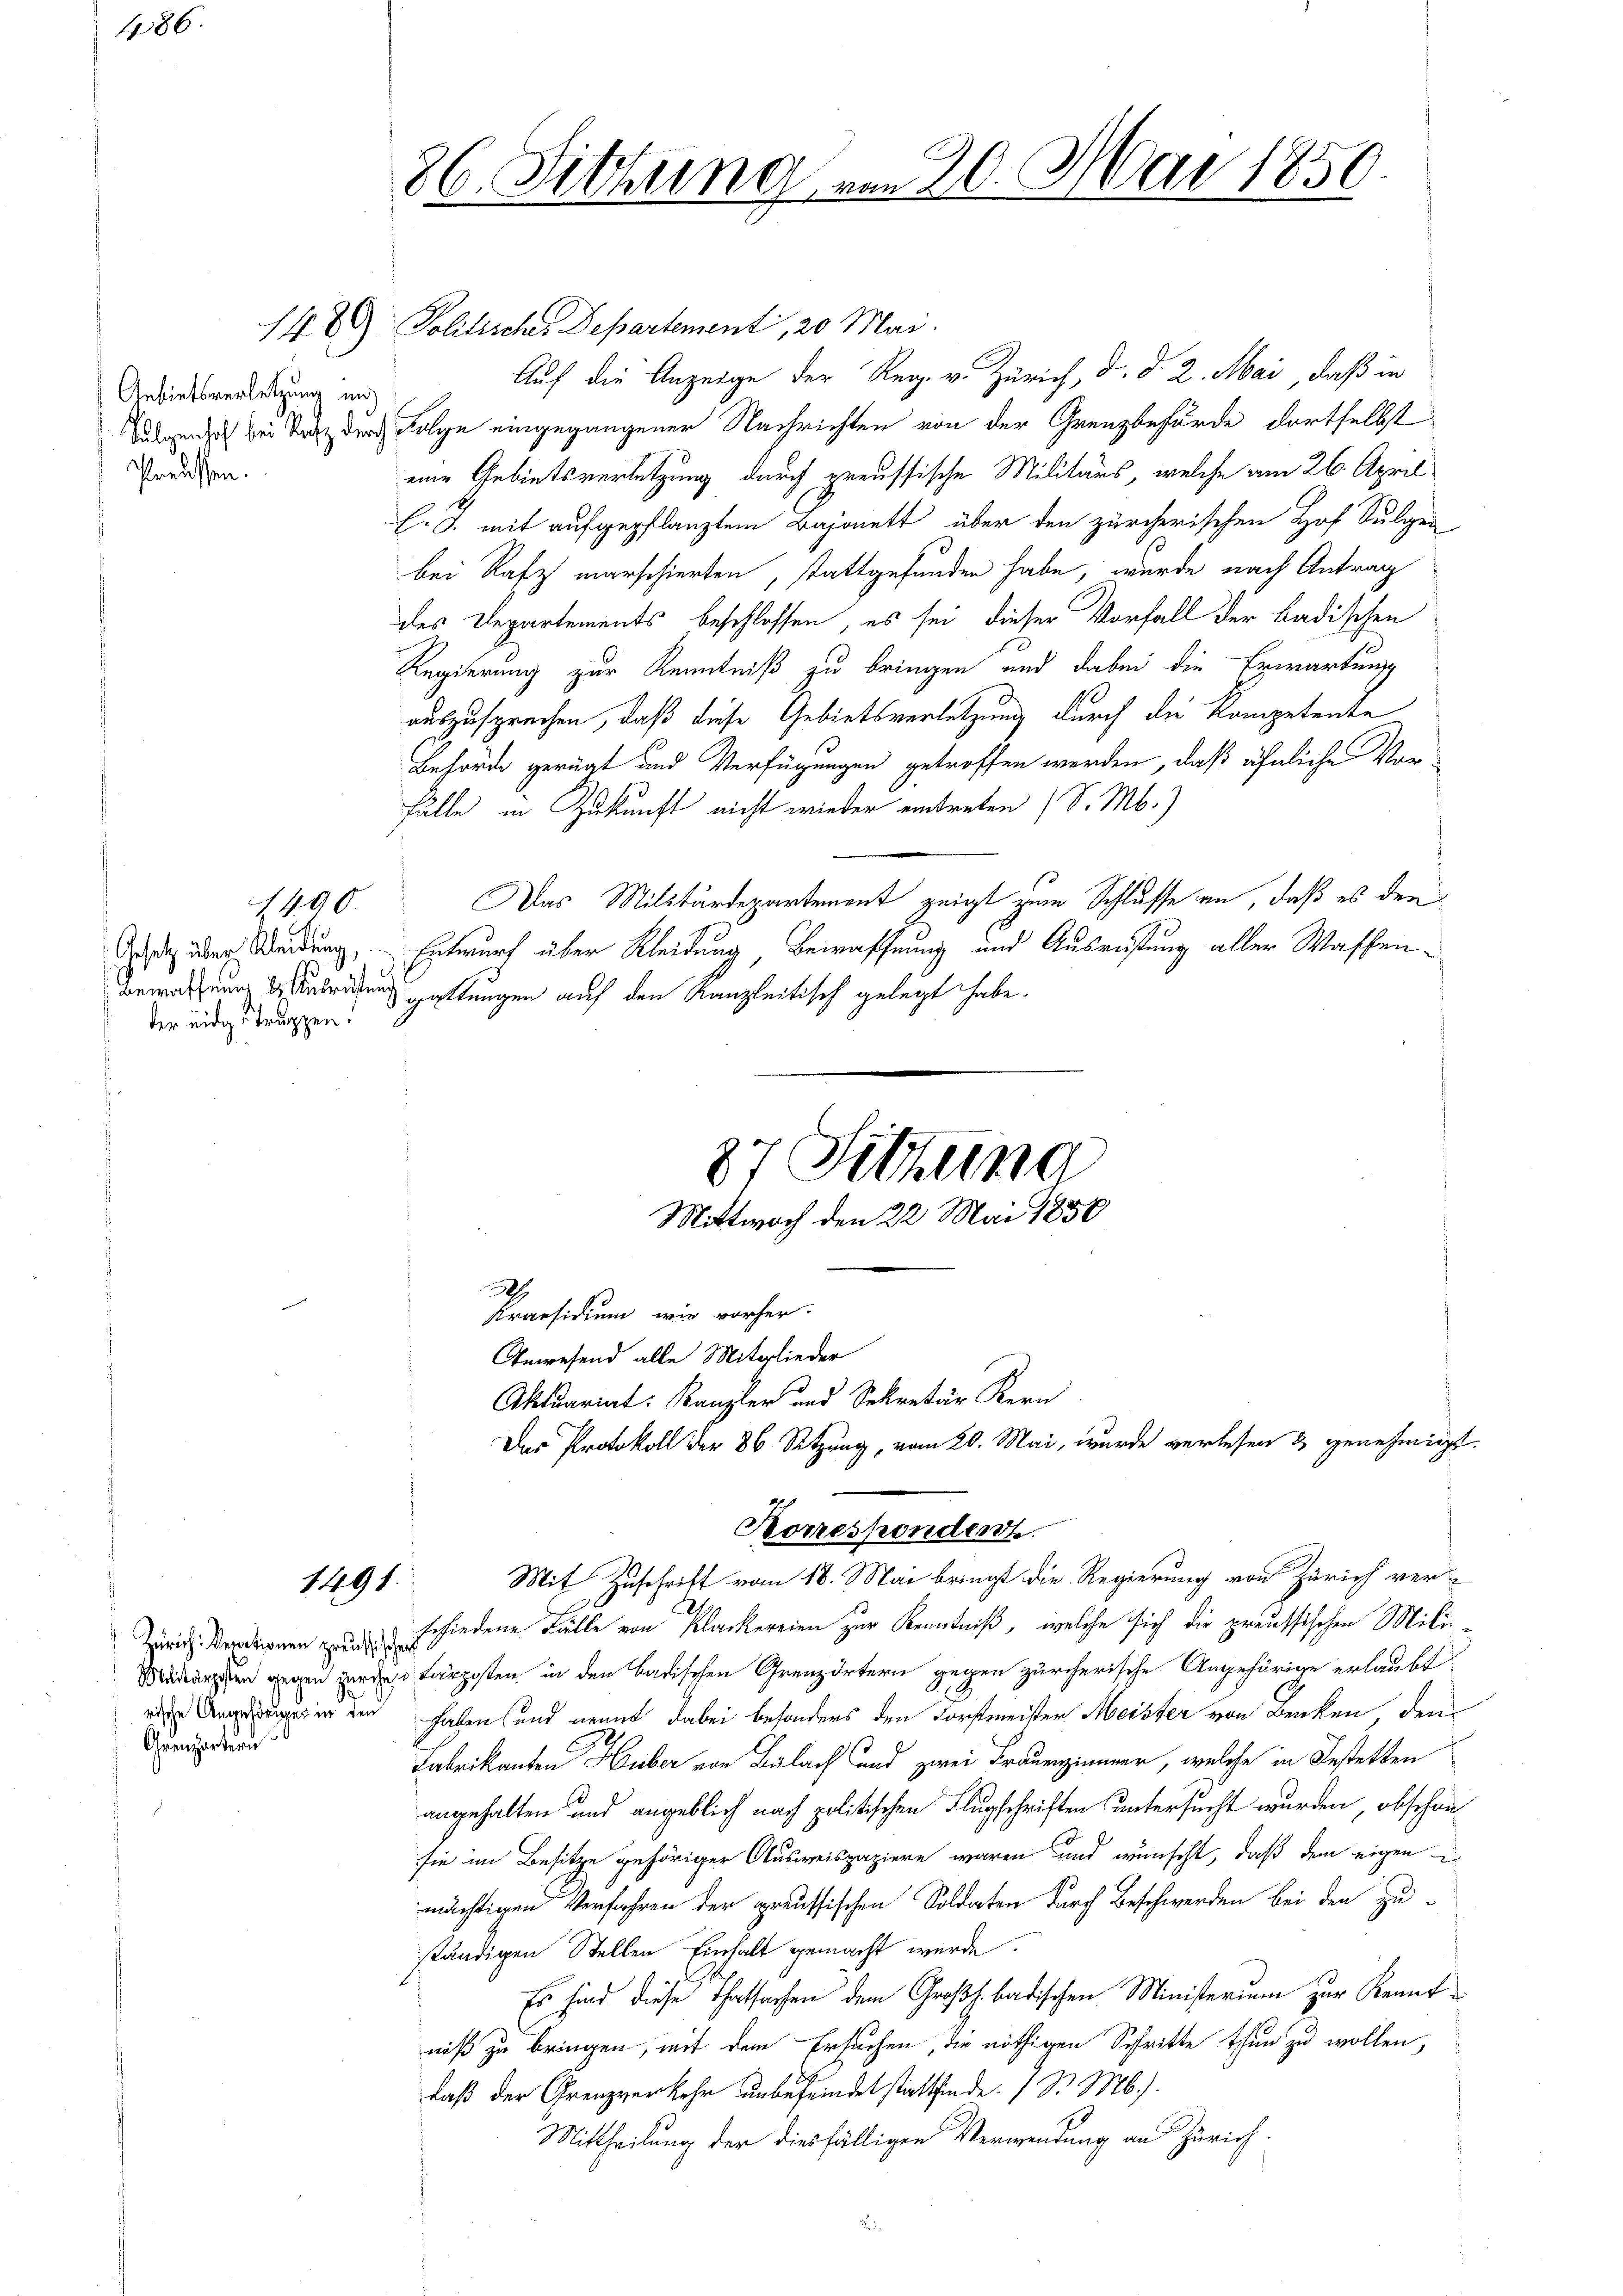
486.

Gebietsverletzung un
Preussen.

der eidge truppen.

1400.

86. Sitzung am 20. Mai 1850.

148 Politisches Departement, 20 Mai.
Auf die Anzeige der Reg. v. Zürich, d. d. 2. Mai, daß in
Tagen sich bei Tanz durch Folge eingegangener Nachrichten von der Grenzbehörde dortselbst
eine Gebietsverletzung durch preussische Militärs, welche am 26. April
l. J. mit aufgepflanztem Bajonett, über den zürcherischen Hof Sulgen
bei Rafz marschierten, stattgefunden habe, wurde nach Antrag
des Departements beschlossen, es sei dieser Vorfall der badischen
Regierung zur Kenntniß zu bringen und dabei die Erwartung
auszusprechen, daß diese Gebietsverletzung durch die Kompetente
Behörde gerügt und Verfügungen getroffen werden, daß ähnliche Vorfälle in Zukunft nicht wieder eintreten (S. M.)
Das Militärdepartement zeigt zum Schlusse an, daß es den
Grd über Weidung, Entwurf über Kleidung, Bewaffnung und Ausrüstung aller Waffen¬
Bewachung u. Antridung geltungen auf den Kanzleitisch gelegt habe.

1491.

Zürich: Reparationen wuchschehen
zu
Grenzartern

2
Kraesidium wie vorher.
Anwesend alle Mitglieder
Aktuariat Kanzler und Sekretär Kern
Mit Zuschrift vom 18. Mai bringt die Regierung von Zürich ver-
schiedene Fälle von Plackereien zur Kenntniß, welche sich die preussischen Milind ärgsten in den badischen Grenzörtern gegen zürcherische Angehörige erlaubt
ug in den haben und nennt dabei besonders den Forstmeister Meister von Benken dem
Fabrikanten Huber von Bülach und zwei Frauenzimmer, welche in Bestetten
angehalten und angeblich nach politischen Flugschriften untersucht wurden, obschon
sie im Besitze gehöriger Ausweispapiere waren und wünscht, daß dem eigen
mächtigen Verfahren der preussischen Soldaten durch Beschwerden bei den Zu-
ständigen Stellen Einhalt gemacht werde.
Es sind diese Thatsachen dem Großh. badischen Ministerium zur Kenntniß zu bringen, mit dem Ersuchen, die nöthigen Schritte thun zu wollen,
daß der Grenzverkehr unbefeindet stattfinde. I S. M.).
Mittheilung der diesfälligen Verwendung an Zürich.

87 Sittena
Mittwoch den 22 Mai 1850

Korresponden.

Das Protokoll der 36 Setzung, vom 20. Mai, wurde verlesen & genehmigt.